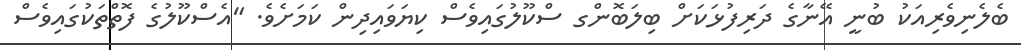
ބެލެނިވެރިއަކު ބުނީ އޭނާގެ ދަރިފުޅަކަށް ބިލަބޮންގ ސްކޫލުގައިވެސް ކިޔަވައިދިން ކަމަށެވެ. "އެސްކޫލުގެ ފޮތްތަކުގައިވެސް